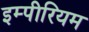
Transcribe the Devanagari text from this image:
इम्पीरियम